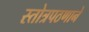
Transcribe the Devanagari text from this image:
स्तोत्रपठणाने